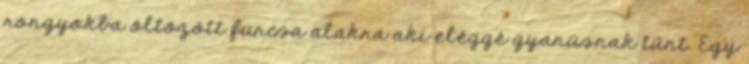
rongyokba öltözött furcsa alakra aki eléggé gyanúsnak tűnt. Egy